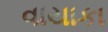
વાયાકા